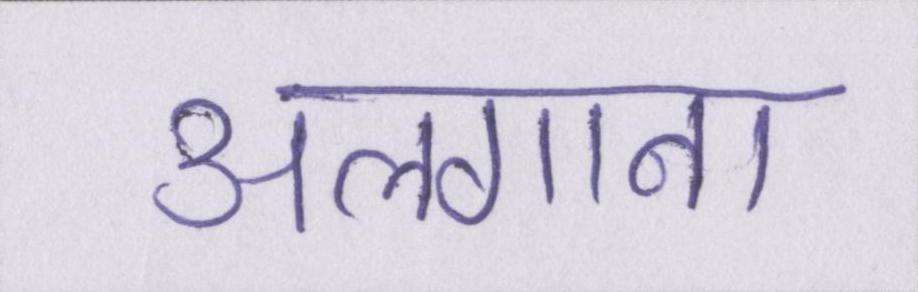
अलगाना